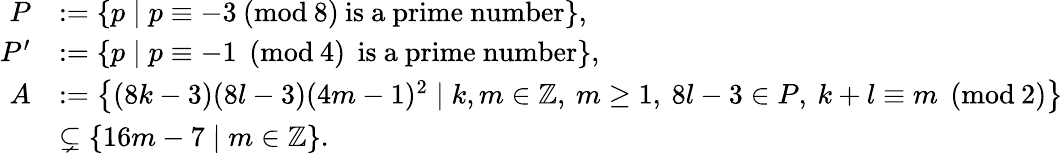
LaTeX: \begin{array}{rl}{P}&{:=\left\{ p\mid p\equiv-3\: (\mathrm{mod}\: 8)\: \mathrm{is~a~prime~number}\right\} ,}\\ {P^{\prime}}&{:=\left\{ p\mid p\equiv-1\: \: (\mathrm{mod}\: 4)\: \: \mathrm{is~a~prime~number}\right\} ,}\\ {A}&{:=\left\{ (8k-3)(8l-3)(4m-1)^{2}\mid k,m\in\mathbb{Z},\: m\geq 1,\: 8l-3\in P,\: k+l\equiv m\: \: (\mathrm{mod}\: 2)\right\} }\\ &{\subsetneq\{ 16m-7\mid m\in\mathbb{Z}\} .}\end{array}